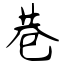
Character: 巷